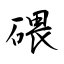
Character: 碨